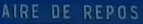
AIRE DE REPOS